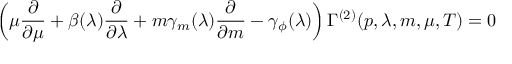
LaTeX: \left( \mu { \frac { \partial } { \partial \mu } } + \beta ( \lambda ) { \frac { \partial } { \partial \lambda } } + m \gamma _ { m } ( \lambda ) { \frac { \partial } { \partial { m } } } - \gamma _ { \phi } ( \lambda ) \right) \Gamma ^ { ( 2 ) } ( p , \lambda , m , \mu , T ) = 0